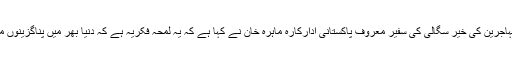
اقوام متحدہ کے ادارہ برائے مہاجرین کی خیر سگالی کی سفیر معروف پاکستانی ادارکارہ ماہرہ خان نے کہا ہے کہ یہ لمحہ فکریہ ہے کہ دنیا بھر میں پناگزینوں میں آدھے سے زیادہ بچے ہیں۔